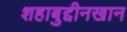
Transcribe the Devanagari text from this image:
शहाबुद्दीनखान